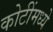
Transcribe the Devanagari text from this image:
कोटींमध्ये